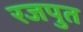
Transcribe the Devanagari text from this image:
रजपुत